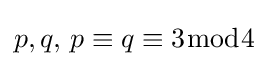
\textstyle p,q,\,p\equiv q\equiv 3{\bmod {4}}